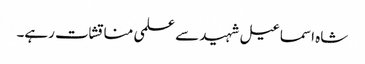
شاہ اسماعیل شہید سے علمی مناقشات رہے۔